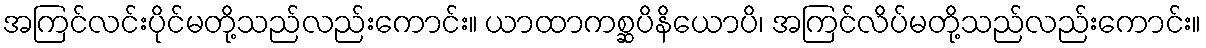
အကြင်လင်းပိုင်မတို့သည်လည်းကောင်း။ ယာထာကစ္ဆပိနိယောပိ၊ အကြင်လိပ်မတို့သည်လည်းကောင်း။